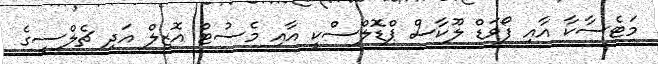
މަޓެސާކާ އާއި ފޯވަޑް ލޫކާސް ޕްޑޮލްސްކީ އާއި މެސުޓް އޮޒިލް އަދި ޗެލްސީގެ